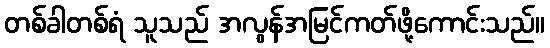
တစ်ခါတစ်ရံ သူသည် အလွန်အမြင်ကတ်ဖို့ကောင်းသည်။